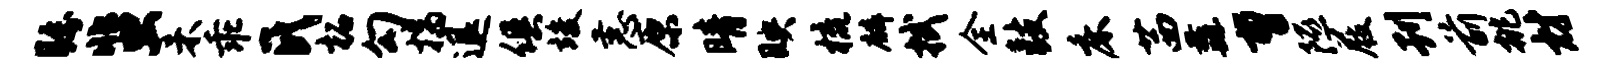
瞩蜚未乖氏柘勾揣退俱竣恚原晴映梳麟拭全鼓床茜纛曹隰屐刊前挑材